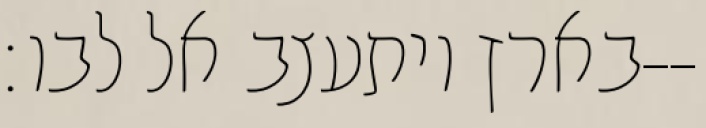
בארץ ויתעצב אל לבו׃--